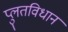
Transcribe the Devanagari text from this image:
प्लुतविधान